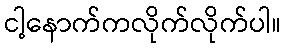
ငါ့နောက်ကလိုက်လိုက်ပါ။